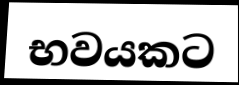
භවයකට